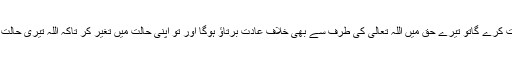
جب تو خلافِ عادت کرے گاتو تیرے حق میں اللہ تعالیٰ کی طرف سے بھی خلافِ عادت برتاؤ ہوگا اور تو اپنی حالت میں تغیر کر تاکہ اللہ تیری حالت میں تغیر فرمائے۔